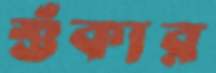
শুঁকার